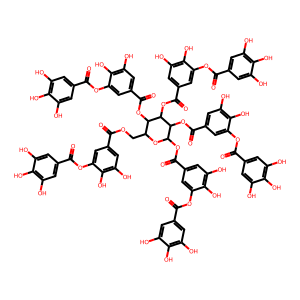
SMILES: O=C(OCC1OC(OC(=O)c2cc(O)c(O)c(OC(=O)c3cc(O)c(O)c(O)c3)c2)C(OC(=O)c2cc(O)c(O)c(OC(=O)c3cc(O)c(O)c(O)c3)c2)C(OC(=O)c2cc(O)c(O)c(OC(=O)c3cc(O)c(O)c(O)c3)c2)C1OC(=O)c1cc(O)c(O)c(OC(=O)c2cc(O)c(O)c(O)c2)c1)c1cc(O)c(O)c(OC(=O)c2cc(O)c(O)c(O)c2)c1
Inhibits HIV replication: No